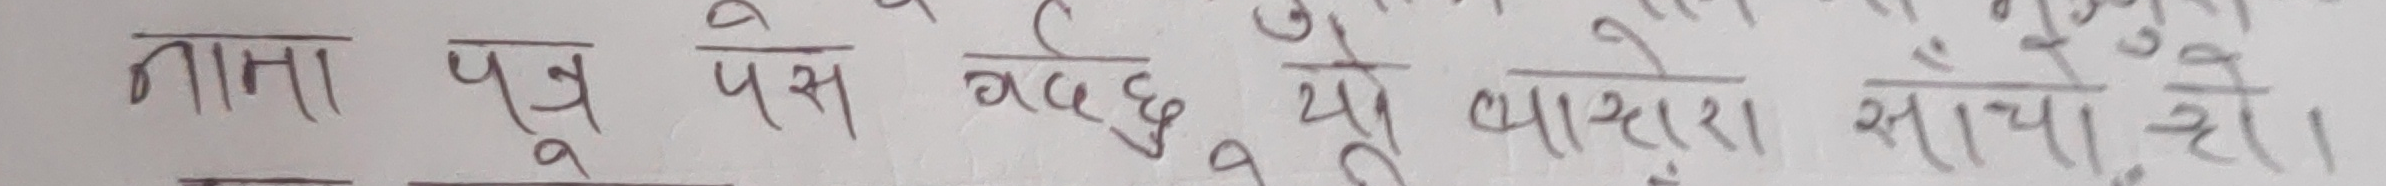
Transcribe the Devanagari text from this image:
नाना पुजे पस गर्छु, यो प्यारा साँचो हो।